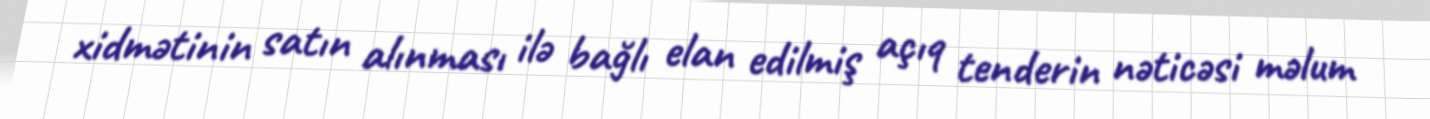
xidmətinin satın alınması ilə bağlı elan edilmiş açıq tenderin nəticəsi məlum